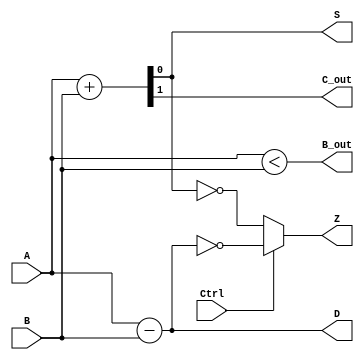
module ALU (
    input wire A, 
    input wire B, 
    input wire Ctrl, 
    output wire S, 
    output wire C_out, 
    output wire D, 
    output wire B_out, 
    output wire Z
);

// Adder
assign {C_out, S} = A + B;

// Subtractor
assign D = A - B;
assign B_out = A < B;

// Zero flag generator
assign Z = (Ctrl == 0) ? (S == 1'b0) : (D == 1'b0);

endmodule